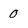
Character: 0